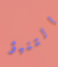
التنبؤ